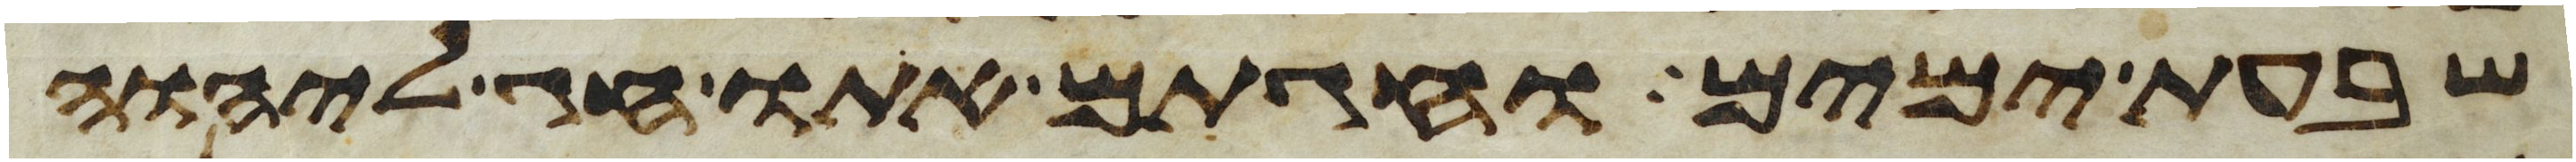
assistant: שבעת ימים וחגתם אתו חג ליהוה